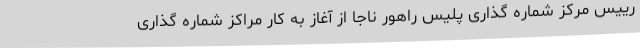
رییس مرکز شماره گذاری پلیس راهور ناجا از آغاز به کار مراکز شماره گذاری